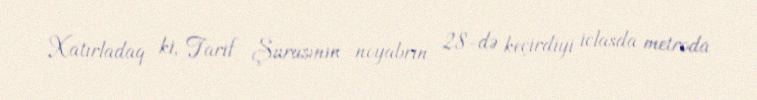
Xatırladaq ki, Tarif Şurasının noyabrın 28-də keçirdiyi iclasda metroda